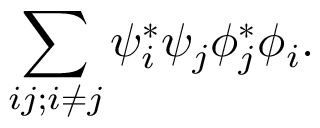
\sum _ { i j ; i \neq j } \psi _ { i } ^ { * } \psi _ { j } \phi _ { j } ^ { * } \phi _ { i } .